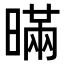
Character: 暪